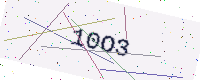
Text: 10O3